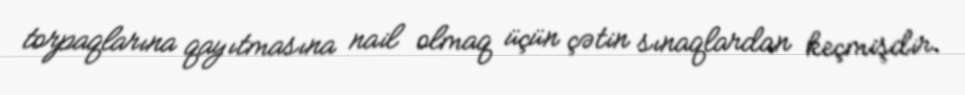
torpaqlarına qayıtmasına nail olmaq üçün çətin sınaqlardan keçmişdir.